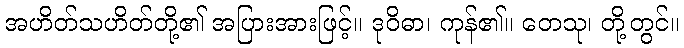
အဟိတ်သဟိတ်တို့၏ အပြားအားဖြင့်။ ဒုဝိဓာ၊ ကုန်၏။ တေသု၊ တို့တွင်။